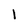
Character: l